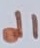
Text: d1